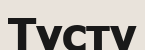
Түсту